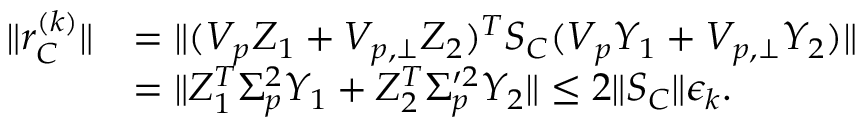
\begin{array} { r l } { \| r _ { C } ^ { ( k ) } \| } & { = \| ( V _ { p } Z _ { 1 } + V _ { p , \perp } Z _ { 2 } ) ^ { T } S _ { C } ( V _ { p } Y _ { 1 } + V _ { p , \perp } Y _ { 2 } ) \| } \\ & { = \| Z _ { 1 } ^ { T } \Sigma _ { p } ^ { 2 } Y _ { 1 } + Z _ { 2 } ^ { T } \Sigma _ { p } ^ { \prime 2 } Y _ { 2 } \| \leq 2 \| S _ { C } \| \epsilon _ { k } . } \end{array}